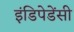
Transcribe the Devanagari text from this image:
इंडिपेडेंसी